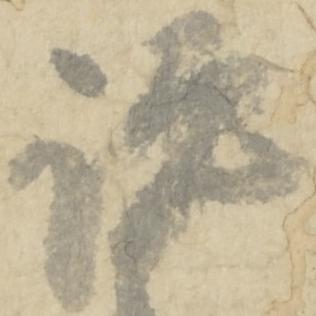
評